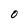
Character: 0